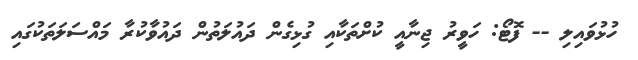
ހުޅުވައިލި -- ފޮޓޯ: ހަވީރު ޖިނާއީ ކުށްތަކާއި ގުޅިގެން ދައުލަތުން ދައުވާކުރާ މައްސަލަތަކުގައި